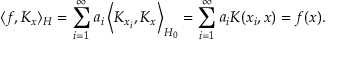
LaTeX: \langle f , K _ { x } \rangle _ { H } = \sum _ { i = 1 } ^ { \infty } a _ { i } \left\langle K _ { x _ { i } } , K _ { x } \right\rangle _ { H _ { 0 } } = \sum _ { i = 1 } ^ { \infty } a _ { i } K ( x _ { i } , x ) = f ( x ) .